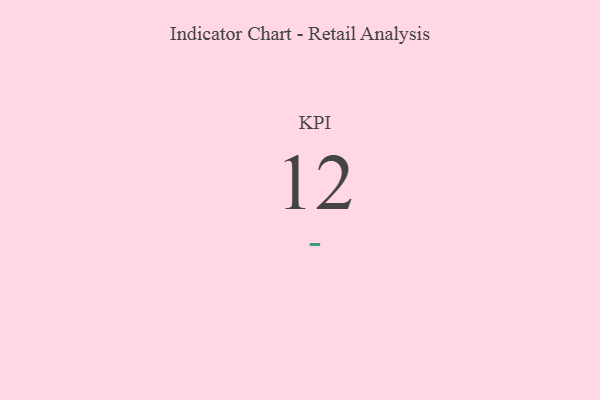
{"axis": {"x": "KPI", "y": "Value"}, "legend": [""], "data": [{"x": "KPI", "y": 12, "type": ""}]}